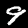
Label: 9